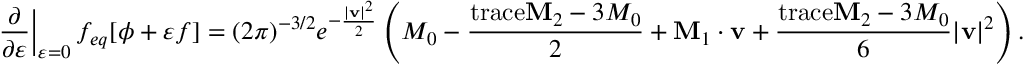
\left. \frac { \partial } { \partial \varepsilon } \right| _ { \varepsilon = 0 } f _ { e q } [ \phi + \varepsilon f ] = ( 2 \pi ) ^ { - 3 / 2 } e ^ { - \frac { | \mathbf { v } | ^ { 2 } } { 2 } } \left( M _ { 0 } - \frac { \mathrm { t r a c e } \mathbf { M } _ { 2 } - 3 M _ { 0 } } { 2 } + \mathbf { M } _ { 1 } \cdot \mathbf { v } + \frac { \mathrm { t r a c e } \mathbf { M } _ { 2 } - 3 M _ { 0 } } { 6 } | \mathbf { v } | ^ { 2 } \right) .